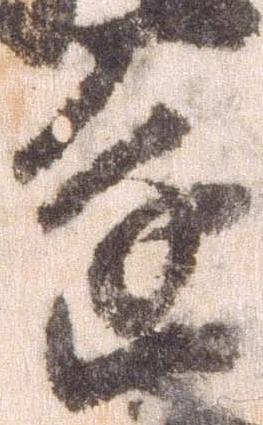
進